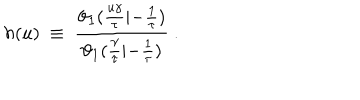
h ( u ) ~ \equiv ~ { \frac { \vartheta _ { 1 } ( { \frac { u \gamma } { \tau } } | { - { \frac { 1 } { \tau } } } ) } { \vartheta _ { 1 } ( { \frac { \gamma } { \tau } } | { - { \frac { 1 } { \tau } } } ) } } \ .